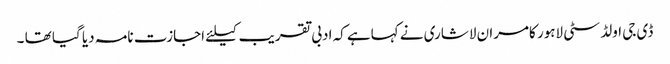
ڈی جی اولڈ سٹی لاہور کامران لاشاری نے کہاہے کہ ادبی تقریب کیلئے اجازت نامہ دیا گیا تھا ۔